Civil Veterinary Department. Madras. Admin. report 1926-33 - 1926-1933
Year: 1926
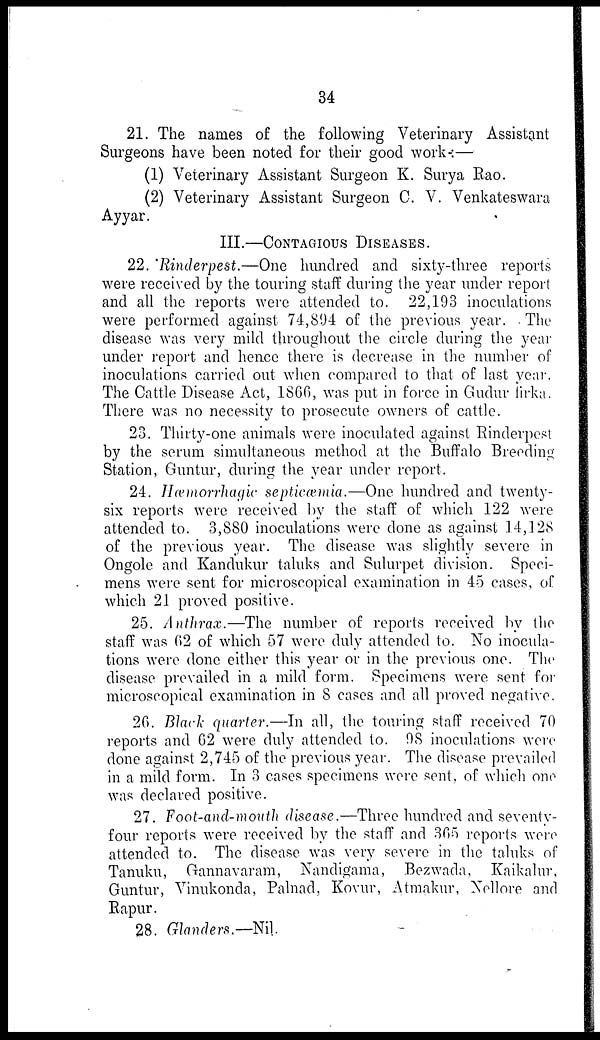
34
21. The names of the following Veterinary Assistant
Surgeons have been noted for their good work:—
(1) Veterinary Assistant Surgeon K. Surya Rao.
(2) Veterinary Assistant Surgeon C. V. Venkateswara
Ayyar.
III.—CONTAGIOUS DISEASES.
22. Rinderpest.—One hundred and sixty-three reports
were received by the touring staff during the year under report
and all the reports were attended to. 22,193 inoculations
were performed against 74,894 of the previous year. The
disease was very mild throughout the circle during the year
under report and hence there is decrease in the number of
inoculations carried out when compared to that of last year
The Cattle Disease Act, 1866, was put in force in Gudur firka
There was no necessity to prosecute owners of cattle.
23. Thirty-one animals were inoculated against Rinderpest
by the serum simultaneous method at the Buffalo Breeding
Station, Guntur, during the year under report.
24. Hæmorrhagic septicæmia.—One hundred and twenty-
six reports were received by the staff of which 122 were
attended to. 3,880 inoculations were done as against 14,128
of the previous year. The disease was slightly severe in
Ongole and Kandukur taluks and Sulurpet division. Speci-
mens were sent for microscopical examination in 45 cases, of
which 21 proved positive.
25. Anthrax.—The number of reports received by the
staff was 62 of which 57 were duly attended to. No inocula-
tions were done either this year or in the previous one. The
disease prevailed in a mild form. Specimens were sent for
microscopical examination in 8 cases and all proved negative.
26. Black quarter.—In all, the touring staff received 70
reports and 62 were duly attended to. 98 inoculations were
done against 2,745 of the previous year. The disease prevailed
in a mild form. In 3 cases specimens were sent, of which one
was declared positive.
27. Foot-and-mouth disease.—Three hundred and seventy-
four reports were received by the staff and 365 reports were
attended to. The disease was very severe in the taluks of
Tanuku, Gannavaram, Nandigama, Bezwada, Kaikalur,
Guntur, Vinukonda, Palnad, Kovur, Atmakur, Nellore and
Rapur.
28. Glanders.—Nil.